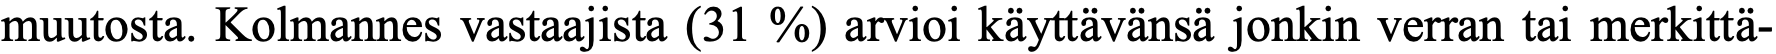
muutosta. Kolmannes vastaajista (31 %) arvioi käyttävänsä jonkin verran tai merkittä-